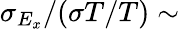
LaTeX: \sigma_{E_{x}}/(\sigma T/T)\sim